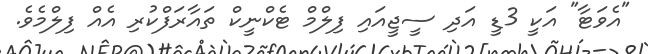
"އެވަޓާ" އަކީ 3ޑީ އަދި ސީޖީއައި ފިލްމް ޓެކްނީކް ތައާރަފްކުރި އެއް ފިލްމެވެ.